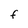
Character: f